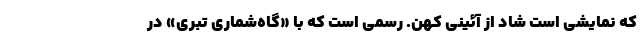
که نمایشی است شاد از آئینی کهن. رسمی است که با «گاه‌شماری تبری» در